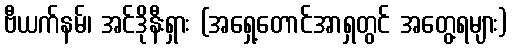
ဗီယက်နမ်၊ အင်ဒိုနီးရှား (အရှေ့တောင်အာရှတွင် အတွေ့ရများ)